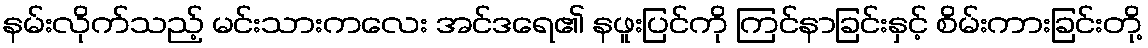
နမ်းလိုက်သည့် မင်းသားကလေး အင်ဒရေ၏ နဖူးပြင်ကို ကြင်နာခြင်းနှင့် စိမ်းကားခြင်းတို့